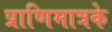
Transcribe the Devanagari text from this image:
प्राणिमात्रके